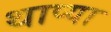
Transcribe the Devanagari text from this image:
थाप्या